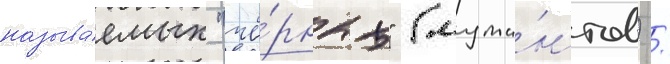
называ́емых "чё́рных" (мута́нтов) /